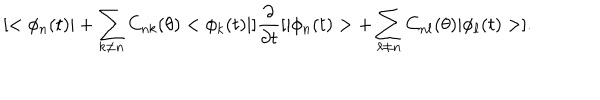
[ < \phi _ { n } ( t ) | + \sum _ { k \neq n } C _ { n k } ( \theta ) < \phi _ { k } ( t ) | ] \frac { \partial } { \partial t } [ | \phi _ { n } ( t ) > + \sum _ { \ell \neq n } C _ { n \ell } ( \theta ) | \phi _ { \ell } ( t ) > ] .